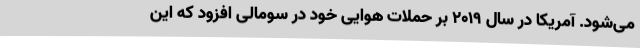
می‌شود. آمریکا در سال 2019 بر حملات هوایی خود در سومالی افزود که این